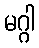
မဂ္ဂါ